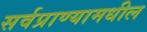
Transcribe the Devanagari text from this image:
सर्वप्राण्यामधील